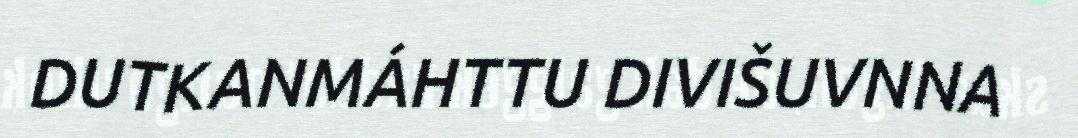
DUTKANMÁHTTU DIVIŠUVNNA